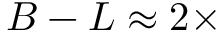
B - L \approx 2 \times